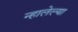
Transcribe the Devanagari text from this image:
न्हालेल्या